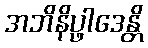
အဘိနိပ္ဖါဒေန္တိ